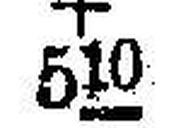
+ 510